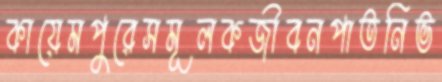
কায়েমপুরেসমূলকজীবনপাতনিভ